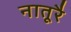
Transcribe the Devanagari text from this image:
नातूरै